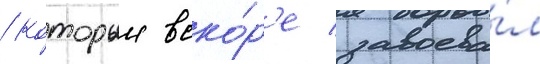
/ которыи вско́р'е завоева́л